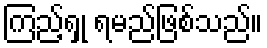
ကြည့်ရှု ရမည်ဖြစ်သည်။